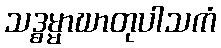
သဒ္ဓမ္မာဃာတုပါသကံ